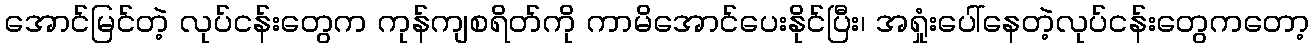
အောင်မြင်တဲ့ လုပ်ငန်းတွေက ကုန်ကျစရိတ်ကို ကာမိအောင်ပေးနိုင်ပြီး၊ အရှုံးပေါ်နေတဲ့လုပ်ငန်းတွေကတော့